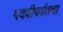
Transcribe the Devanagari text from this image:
पदवीपर्यंतचा